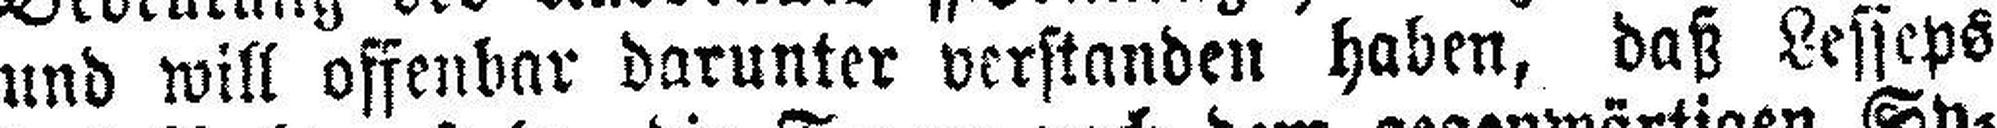
und will offenbar darunter verstanden haben, daß Lesseps